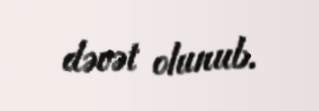
dəvət olunub.